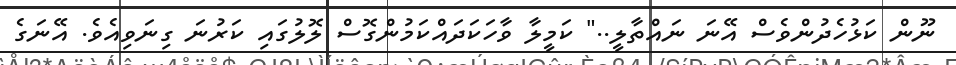
ނޫން ކަޅުހެދުންވެސް އޭނަ ނައްތާލީ.." ކަމީލާ ވާހަކަދައްކަމުންގޮސް ލޮލުގައި ކަރުނަ ގިނަވިއެވެ. އޭނަގެ